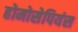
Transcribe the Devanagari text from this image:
होमोसेपियंस